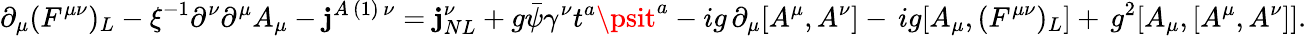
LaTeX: \partial_{\mu}(F^{\mu\nu})_{L}-\xi^{-1}\partial^{\nu}\partial^{\mu}A_{\mu}-\mathbf{j}^{A\, (1)\, \nu}=\mathbf{j}_{NL}^{\nu}+g\bar{{\psi}}\gamma^{\nu}t^{a}\psit^{a}-ig\, \partial_{\mu}[A^{\mu},A^{\nu}]-\, ig[A_{\mu},(F^{\mu\nu})_{L}]+\, g^{2}[A_{\mu},[A^{\mu},A^{\nu}]].